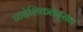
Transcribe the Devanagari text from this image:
प्रादेशिकतेनुसार